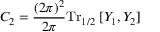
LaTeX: C _ { 2 } = \frac { ( 2 \pi ) ^ { 2 } } { 2 \pi } \mathrm { T r } _ { 1 / 2 } \; [ Y _ { 1 } , Y _ { 2 } ]